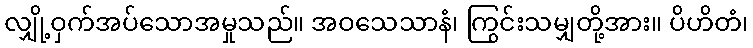
လျှို့ဝှက်အပ်သောအမှုသည်။ အဝသေသာနံ၊ ကြွင်းသမျှတို့အား။ ပိဟိတံ၊